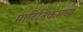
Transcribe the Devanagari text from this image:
मार्टिनिकमध्ये